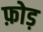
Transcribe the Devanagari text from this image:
फ़ोड़